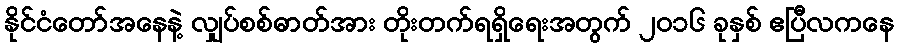
နိုင်ငံတော်အနေနဲ့ လျှပ်စစ်ဓာတ်အား တိုးတက်ရရှိရေးအတွက် ၂၀၁၆ ခုနှစ် ဧပြီလကနေ